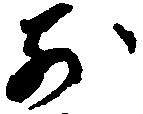
別